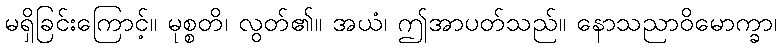
မရှိခြင်းကြောင့်။ မုစ္စတိ၊ လွတ်၏။ အယံ၊ ဤအာပတ်သည်။ နောသညာဝိမောက္ခာ၊